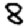
Digit: 8